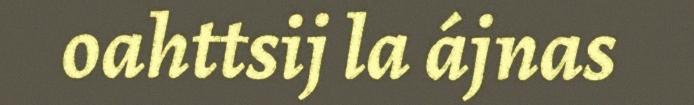
oahttsij la ájnas